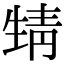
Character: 𩇛